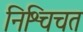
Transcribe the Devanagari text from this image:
निश्चिचत